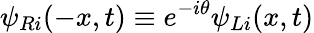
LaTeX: \psi_{Ri}(-x,t)\equiv e^{-i\theta}\psi_{Li}(x,t)